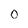
Character: 0